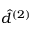
\hat { d } ^ { ( 2 ) }